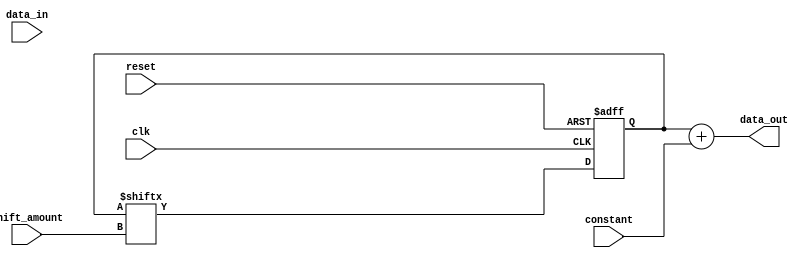
module shift_add_register (
    input wire clk,
    input wire reset,
    input wire [7:0] data_in,
    input wire [2:0] shift_amount,
    input wire [7:0] constant,
    output reg [7:0] data_out
);

reg [7:0] shift_reg;

always @(posedge clk or posedge reset) begin
    if (reset) begin
        shift_reg <= 8'h00;
    end else begin
        shift_reg <= {data_in, shift_reg[7:shift_amount]};
    end
end

always @(*) begin
    data_out = shift_reg + constant;
end

endmodule